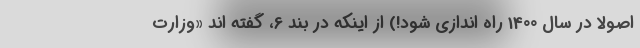
اصولاً در سال 1400 راه اندازی شود!) از اینکه در بند 6، گفته اند «وزارت